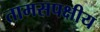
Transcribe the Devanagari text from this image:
तामसपक्षीय